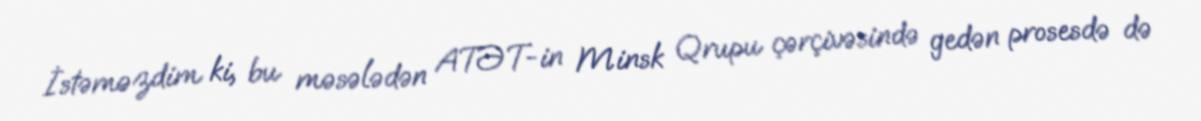
İstəməzdim ki, bu məsələdən ATƏT-in Minsk Qrupu çərçivəsində gedən prosesdə də